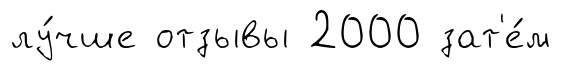
лу́чше отзывы 2000 зат'е́м